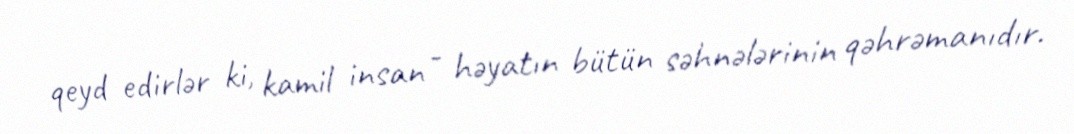
qeyd edirlər ki, kamil insan - həyatın bütün səhnələrinin qəhrəmanıdır.